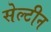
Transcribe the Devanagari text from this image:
सेल्टीन